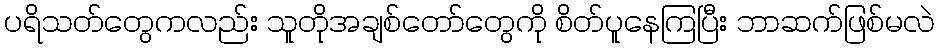
ပရိသတ်တွေကလည်း သူတိုအချစ်တော်တွေကို စိတ်ပူနေကြပြီး ဘာဆက်ဖြစ်မလဲ